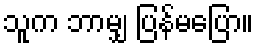
သူက ဘာမျှ ပြန်မပြော။